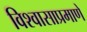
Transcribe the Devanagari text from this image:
विश्वासाप्रमाणे